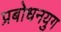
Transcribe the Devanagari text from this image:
प्रबोधनयुग